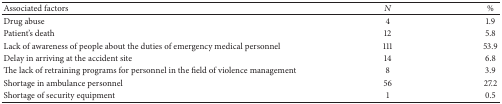
<table><thead><tr><td><b>Associated factors</b></td><td><b><i>N</i></b></td><td><b>%</b></td></tr></thead><tbody><tr><td>Drug abuse</td><td>4</td><td>1.9</td></tr><tr><td>Patient&#x27;s death</td><td>12</td><td>5.8</td></tr><tr><td>Lack of awareness of people about the duties of emergency medical personnel</td><td>111</td><td>53.9</td></tr><tr><td>Delay in arriving at the accident site</td><td>14</td><td>6.8</td></tr><tr><td>The lack of retraining programs for personnel in the field of violence management</td><td>8</td><td>3.9</td></tr><tr><td>Shortage in ambulance personnel</td><td>56</td><td>27.2</td></tr><tr><td>Shortage of security equipment</td><td>1</td><td>0.5</td></tr></tbody></table>